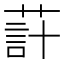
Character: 𦵗